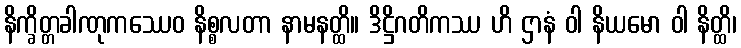
နိက္ခိတ္တခါဏုကဿေဝ နိစ္စလတာ နာမနတ္ထိ။ ဒိဋ္ဌိဂတိကဿ ဟိ ဌာနံ ဝါ နိယမော ဝါ နိတ္ထိ၊